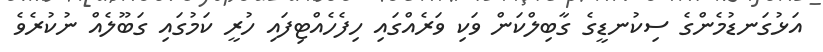
އަޅުގަނޑުމެންގެ ސިކުނޑީގެ ގާބިލްކަން ވަކި ވަރެއްގައި ހިފެހެއްޓިފައި ހުރީ ކަމުގައި ގަބޫލެއް ނުކުރެވެ